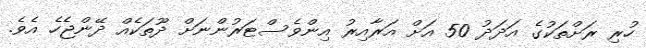
ހުރި ރަށްތަކުގެ އަދަދު 50 އަށް އަރާއިރު އިންވެސްޓަރުންނަށް ދޫތަކެއް ދޭންޖެހެ އެވެ.